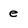
Character: e